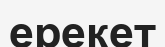
ерекет